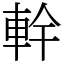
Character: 龫